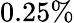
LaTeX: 0.25\%